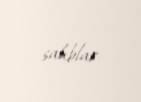
salıblar.